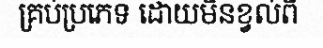
គ្រប់ប្រភេទ ដោយមិនខ្វល់ពី